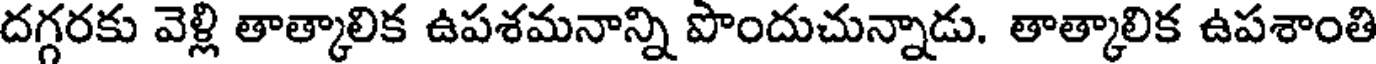
దగ్గరకు వెళ్లి తాత్కాలిక ఉపశమనాన్ని పొందుచున్నాడు. తాత్కాలిక ఉపశాంతి